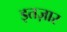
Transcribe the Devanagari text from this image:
इतज़ार